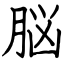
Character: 脳